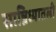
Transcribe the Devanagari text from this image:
सान्निध्यातली